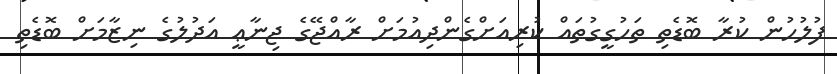
ފުލުހުން ކުރާ ބޮޑެތި ތަހުގީގުތައް ކުރިއަށްގެންދިއުމަށް ރާއްޖޭގެ ޖިނާޢީ އަދުލުގެ ނިޒާމަށް ބޮޑެތި